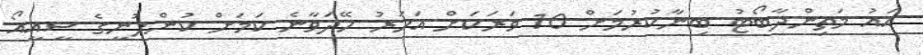
އައު މަތިންދާބޯޓު ބިނާކުރުމަށް 10 ވަރަކަށް އަހަރު ހޭދަވާނެ ކަމަށް ކުންފުނީގެ ސީއީއޯ